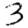
Digit: 3